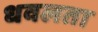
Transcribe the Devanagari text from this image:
धवलता